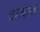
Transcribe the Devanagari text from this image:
बोज्बायेव